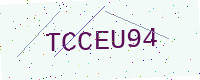
Text: TCCEU94